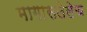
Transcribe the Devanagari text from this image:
मागासलेलेच